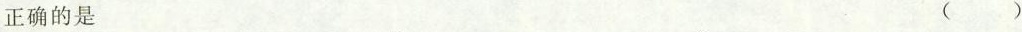
正确的是 ( )